Report of the Indian Hemp Drugs Commission, 1894-1895 - Volume VI
Year: 1894
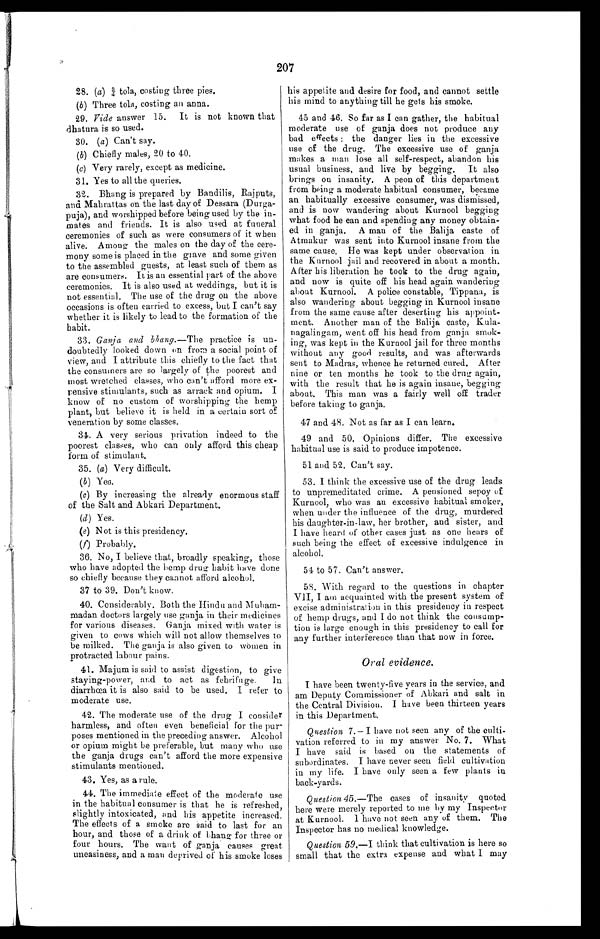
207
28. (a) ¾ tola, costing three pies.
(b) Three tola, costing an anna.
29. V ide answer 15. It is not known that
dhatura is so used.
30. (a) Can't say.
(b) Chiefly males, 20 to 40.
(c) Very rarely, except as medicine.
31. Yes to all the queries.
32. Bhang is prepared by Bandilis, Rajputs,
and Mahrattas on the last day of Dessara (Durga-
puja), and worshipped before being used by the in-
mates and friends. It is also used at funeral
ceremonies of such as were consumers of it when
alive. Among the males on the day of the cere-
mony some is placed in the grave and some given
to the assembled guests, at least such of them as
are consumers. It is an essential part of the above
ceremonies. It is also used at weddings, but it is
not essential. The use of the drug on the above
occasions is often carried to excess, but I can't say
whether it is likely to lead to the formation of the
habit.
33. Ganja and bhang.—The practice is un-
doubtedly looked down on from a social point of
view, and I attribute this chiefly to the fact that
the consumers are so largely of the poorest and
most wretched classes, who can't afford more
ex-pensive stimulants, such as arrack and opium. I
know of no custom of worshipping the hemp
plant, but believe it is held in a certain sort of
veneration by some classes.
34. A very serious privation indeed to the
poorest classes, who can only afford this cheap
form of stimulant.
35. (a) Very difficult.
(b) Yes.
(c)
By increasing the already enormous staff
of the Salt and Abkari Department.
(d) Yes.
(e)
Not is this presidency.
(f) Probably.
36. No, I believe that, broadly speaking, those
who have adopted the hemp drug habit have done
so chiefly because they cannot afford alcohol.
37 to 39. Don't know.
40. Considerably. Both the Hindu and Muham-
madan doctors largely use ganja in their medicines
for various diseases. Ganja mixed with water is
given to cows which will not allow themselves to
be milked. The ganja is also given to women in
protracted labour pains.
41. Majum is said to assist digestion, to give
staying-power, and to act as febrifuge. In
diarrhœa it is also said to be used. I refer to
moderate use.
42. The moderate use of the drug I consider
harmless, and often even beneficial for the pur-
poses mentioned in the preceding answer. Alcohol
or opium might be preferable, but many who use
the ganja drugs can't afford the more expensive
stimulants mentioned.
43. Yes, as a rule.
44. The immediate effect of the moderate use
in the habitual consumer is that he is refreshed,
slightly intoxicated, and his appetite increased.
The effects of a smoke are said to last for an
hour, and those of a drink of bhang for three or
four hours. The want of ganja causes great
uneasiness, and a man deprived of his smoke loses
his appetite and desire for food, and cannot settle
his mind to anything till he gets his smoke.
45 and 46. So far as I can gather, the habitual
moderate use of ganja does not produce any
bad effects: the danger lies in the excessive
use of the drug. The excessive use of ganja
makes a man lose all self-respect, abandon his
usual business, and live by begging. It also
brings on insanity. A peon of this department
from being a moderate habitual consumer, became
an habitually excessive consumer, was dismissed,
and is now wandering about Kurnool begging
what food he can and spending any money obtain
ed in ganja. A man of the Balija caste of
Atmakur was sent into Kurnool insane from the
same cause. He was kept under observation in
the Kurnool jail and recovered in about a month.
After his liberation he took to the drug again,
and now is quite off his head again wandering
about Kurnool. A police constable, Tippana, is
also wandering about begging in Kurnool insane
from the same cause after deserting his appoint-
ment. Another man of the Balija caste, Kula-
nagalingam, went off his head from ganja smok-
ing, was kept in the Kurnool jail for three months
without any good results, and was afterwards
sent to Madras, whence he returned cured. After
nine or ten months he took to the drug again,
with the result that he is again insane, begging
about. This man was a fairly well off trader
before taking to ganja.
47 and 48. Not as far as I can learn.
49 and 50. Opinions differ. The excessive
habitual use is said to produce impotence.
51 and 52. Can't say.
53. I think the excessive use of the drug leads
to unpremeditated crime. A pensioned sepoy of
Kurnool, who was an excessive habitual smoker,
when under the influence of the drug, murdered
his daughter-in-law, her brother, and sister, and
I have heard of other eases just as one hears of
such being the effect of excessive indulgence in
alcohol.
5 4 t o 5 7 . C a n ' t a n s w e r .
58. With regard to the questions in chapter
VII, I am acquainted with the present system of
excise administration in this presidency in respect
of hemp drugs, and I do not think the consump-
tion is large enough in this presidency to call for
any further interference than that now in force.
Oral evidence.
I have been twenty-five years in the service, and
am Deputy Commissioner of Abkari and salt in
the Central Division. I have been thirteen years
in this Department.
Question 7.— I have not seen any of the culti-
vation referred to in my answer No. 7. What
I have said is based on the statements of
subordinates. I have never seen field cultivation
in my life. I have only seen a few plants in
back-yards.
Question 45.—The cases of insanity quoted
here were merely reported to me by my Inspector
at Kurnool. I have not seen any of them. The
Inspector has no medical knowledge.
Question 59.—I think that cultivation is here so
small that the extra expense and what I may